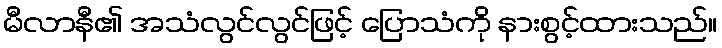
မီလာနီ၏ အသံလွင်လွင်ဖြင့် ပြောသံကို နားစွင့်ထားသည်။